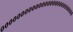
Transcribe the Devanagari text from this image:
०००००००००००००००००००००००००००